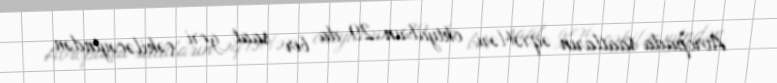
Avropada saatların əqrəbləri oktyabrın 29-da bir saat geri çəkiləcəyindən,